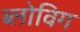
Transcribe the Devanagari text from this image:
ब्‍लोविग